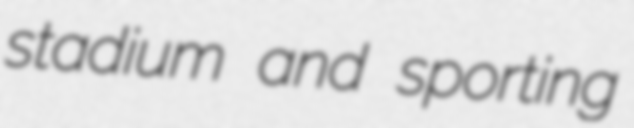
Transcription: stadium and sporting